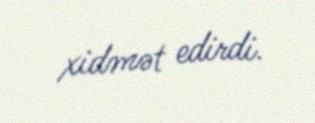
xidmət edirdi.